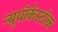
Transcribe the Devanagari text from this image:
न्यूयॉर्कस्टॉक